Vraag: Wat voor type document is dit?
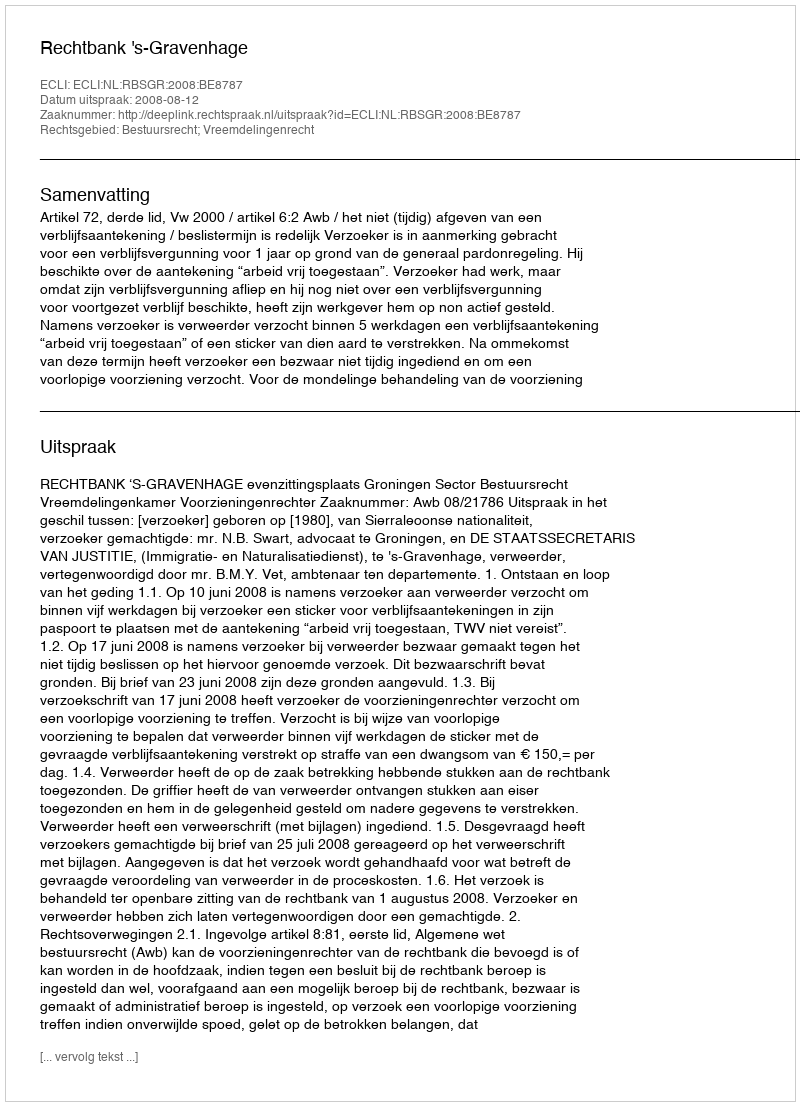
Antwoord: Uitspraak